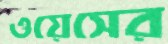
ওয়েসের